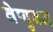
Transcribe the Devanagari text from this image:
वेणुबन